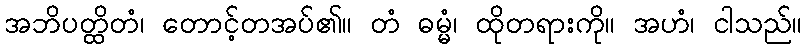
အဘိပတ္ထိတံ၊ တောင့်တအပ်၏။ တံ ဓမ္မံ၊ ထိုတရားကို။ အဟံ၊ ငါသည်။